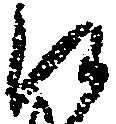
候